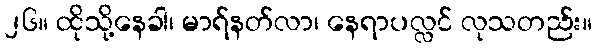
၂၆။ ထိုသို့နေခါ၊ မာရ်နတ်လာ၊ နေရာပလ္လင် လုသတည်း။